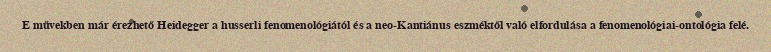
E művekben már érezhető Heidegger a husserli fenomenológiától és a neo-Kantiánus eszméktől való elfordulása a fenomenológiai-ontológia felé.